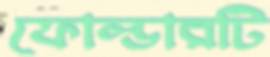
ফোল্ডারটি